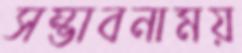
সম্ভাবনাময়